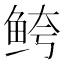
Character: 𱇦